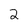
Character: 2